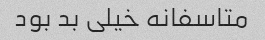
متاسفانه خیلی بد بود